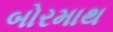
બોરમાથ